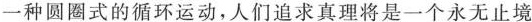
一种圆圈式的循环运动，人们追求真理将是一个永无止境